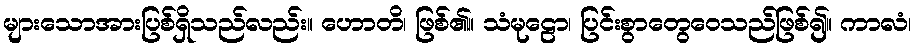
များသောအားပြစ်ရှိသည်လည်း။ ဟောတိ၊ ဖြစ်၏။ သံမုဠော၊ ပြင်းစွာတွေဝေသည်ဖြစ်၍။ ကာလံ၊